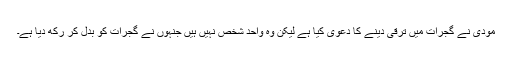
مودی نے گجرات میں ترقی دینے کا دعویٰ کیا ہے لیکن وہ واحد شخص نہیں ہیں جنہوں نے گجرات کو بدل کر رکھ دیا ہے۔